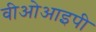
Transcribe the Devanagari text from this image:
वीओआइपी